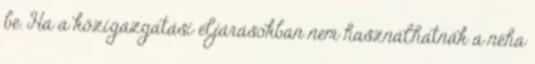
be. Ha a közigazgatási eljárásokban nem használhatnák a néha